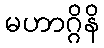
မဟာဂ္ဂိနိ